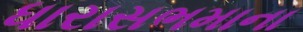
ધારાસભમાના